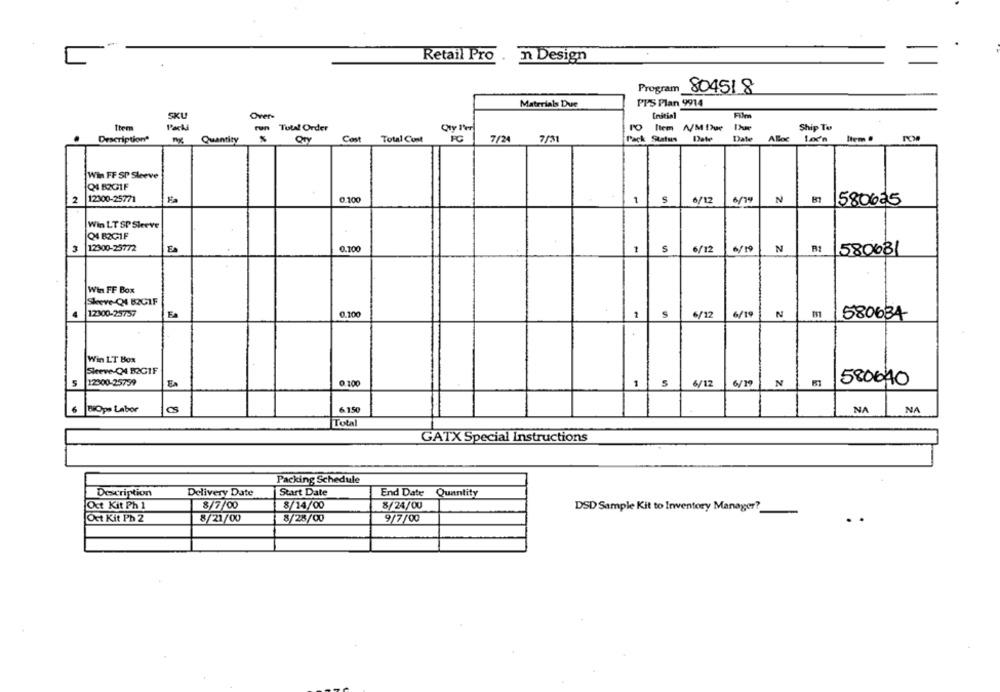
Retail Pro . n Design
Program
804518
Materials Due
PPS Plan 9914
SKU
Over-
Enitis1
Ship To
Them
Park
run Total Order
Qty T'er
PO Item A/M Due
Description"
Quantity
Cost
Total Cont
FC
7/24
7/31
Pack Status
Date
Date
Alloc
Item .
Win FF SP Sleeve
Q4 82GIF
2
12300-25771
0.100
1
S
6/12
6/19
N
B7
580625
Win LT SP Skeeve
Q4 B2CIF
3
12300-25772
E
0.10
S
6/12
N
580681
Win FF Box
Skere-C4 BZGIF
1
S
12300-25757
Ea
0.100
6/12
6/19
N
580634
Win LT Box
Sleeve-C4 B2GIF
580640
12300-25759
0.100
1
5
6/12
6/19
N
es
6150
BiOps Labor
NA
NA
Total
GATX Special Instructions
Packing Schedule
Description
Delivery Date
Start Date
End Date
Quantity
Oct Kit Ph 1
8/7/00
8/14/00
8/24/00
DSD Sample Kit to Inventory Manager?
Oct Kit Ph 2
8/21/00
8/28/00
9/7/00